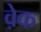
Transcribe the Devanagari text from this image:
व़ेक